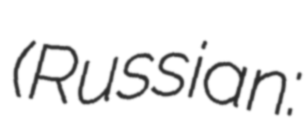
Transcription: (Russian: